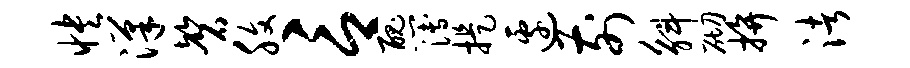
怏汉磬腹言丑簿提边前斛砌拚渚